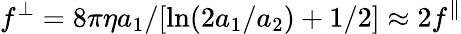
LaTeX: f^{\perp}=8\pi\eta a_{1}/[\mathrm{ln}(2a_{1}/a_{2})+1/2]\approx 2f^{\parallel}